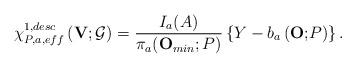
LaTeX: \begin{align*}\chi _{P,a,eff}^{1,desc}\left( \mathbf{V};\mathcal{G}\right) =\frac{I_{a}(A)}{\pi_{a}(\mathbf{O}_{min};P) }\left\{ Y-b_{a}\left( \mathbf{O;}P\right) \right\}.\end{align*}